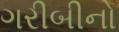
ગરીબીનો